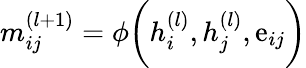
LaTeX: m_{ij}^{(l+1)}=\phi\bigg(h_{i}^{(l)},h_{j}^{(l)},\mathrm{e}_{ij}\bigg)